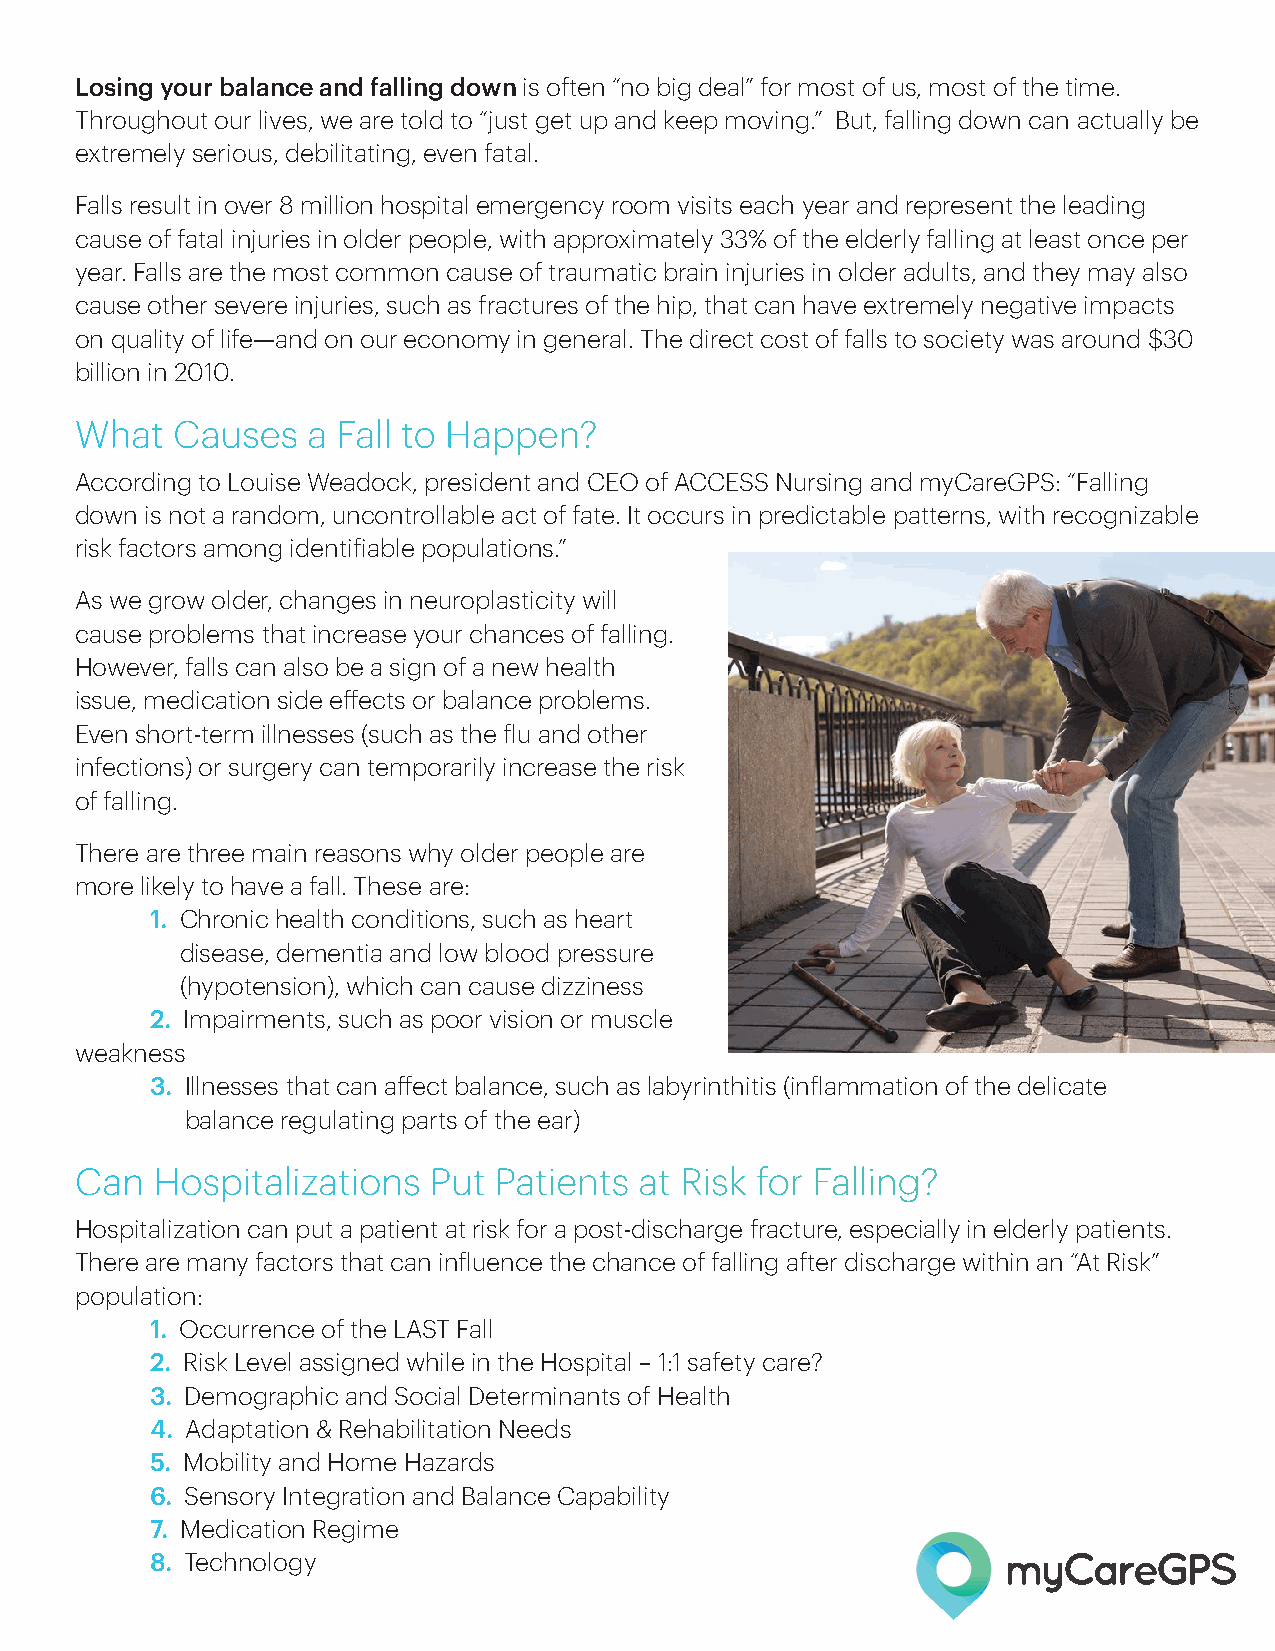
Losing your balance and falling down is often “no big deal” for most of us, most of the time.
 Throughout our lives, we are told to “just get up and keep moving.” But, falling down can actually be
 extremely serious, debilitating, even fatal.
 Falls result in over 8 million hospital emergency room visits each year and represent the leading
 cause of fatal injuries in older people, with approximately 33% of the elderly falling at least once per
 year. Falls are the most common cause of traumatic brain injuries in older adults, and they may also
 cause other severe injuries, such as fractures of the hip, that can have extremely negative impacts
 on quality of life—and on our economy in general. The direct cost of falls to society was around $30
 billion in 2010.
 What  Causes   a Fall to Happen?
 According to Louise Weadock, president and CEO of ACCESS Nursing and myCareGPS: “Falling
 down is not a random, uncontrollable act of fate. It occurs in predictable patterns, with recognizable
 risk factors among identifiable populations.”
 As we grow older, changes in neuroplasticity will
 cause problems that increase your chances of falling.
 However, falls can also be a sign of a new health
 issue, medication side effects or balance problems.
 Even short-term illnesses (such as the flu and other
 infections) or surgery can temporarily increase the risk
 of falling.
 There are three main reasons why older people are
 more likely to have a fall. These are:
 1. Chronic health conditions, such as heart
 disease, dementia and low blood pressure
 (hypotension), which can cause dizziness
 2. Impairments, such as poor vision or muscle
 weakness
 3. Illnesses that can affect balance, such as labyrinthitis (inflammation of the delicate
 balance regulating parts of the ear)
 Can  Hospitalizations  Put  Patients at Risk for Falling?
 Hospitalization can put a patient at risk for a post-discharge fracture, especially in elderly patients.
 There are many factors that can influence the chance of falling after discharge within an “At Risk”
 population:
 1. Occurrence of the LAST Fall
 2. Risk Level assigned while in the Hospital – 1:1 safety care?
 3. Demographic and Social Determinants of Health
 4. Adaptation & Rehabilitation Needs
 5. Mobility and Home Hazards
 6. Sensory Integration and Balance Capability
 7. Medication Regime
 8. Technology